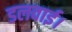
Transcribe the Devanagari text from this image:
डलवाई।